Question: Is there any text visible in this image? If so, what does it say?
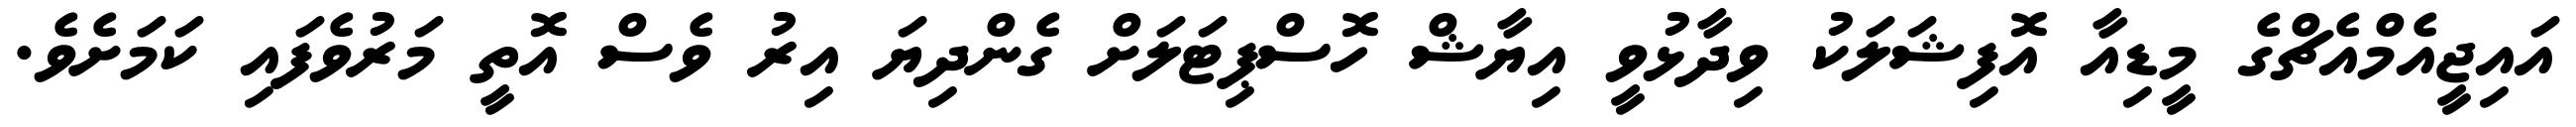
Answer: އައިޖީއެމްއެޗްގެ މީޑިއާ އޮފިޝަލަކު ވިދާޅުވީ އިޔާޝް ހޮސްޕިޓަލަށް ގެންދިޔަ އިރު ވެސް އޮތީ މަރުވެފައި ކަމަށެވެ.